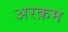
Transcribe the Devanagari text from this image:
अरक़म